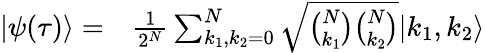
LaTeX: \begin{array}{rl}{|\psi(\tau)\rangle=}&{{}\frac{1}{2^{N}}\sum_{k_{1},k_{2}=0}^{N}\sqrt{\binom{N}{k_{1}}\binom{N}{k_{2}}}|k_{1},k_{2}\rangle}\end{array}